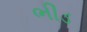
ભીડ